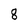
Character: 8